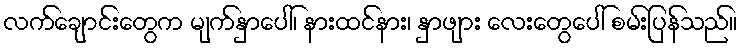
လက်ချောင်းတွေက မျက်နှာပေါ်၊ နားထင်နား၊ နှာဖျား လေးတွေပေါ် စမ်းပြန်သည်။